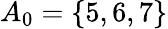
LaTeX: A_{0}=\{ 5,6,7\}